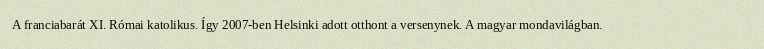
A franciabarát XI. Római katolikus. Így 2007-ben Helsinki adott otthont a versenynek. A magyar mondavilágban.